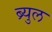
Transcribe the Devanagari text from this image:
ब्र्युल